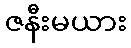
ဇနီးမယား